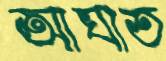
আঘাত